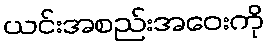
ယင်းအစည်းအဝေးကို